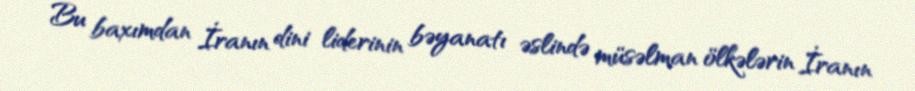
Bu baxımdan İranın dini liderinin bəyanatı əslində müsəlman ölkələrin İranın